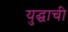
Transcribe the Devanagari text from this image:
युद्घाची